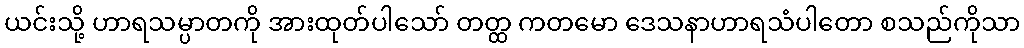
ယင်းသို့ ဟာရသမ္ပာတကို အားထုတ်ပါသော် တတ္ထ ကတမော ဒေသနာဟာရသံပါတော စသည်ကိုသာ